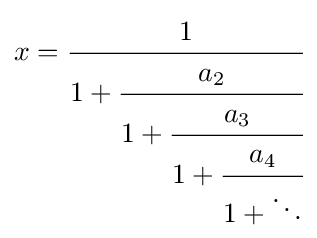
x={\cfrac {1}{1+{\cfrac {a_{2}}{1+{\cfrac {a_{3}}{1+{\cfrac {a_{4}}{1+\ddots }}}}}}}}